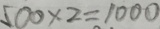
5 0 0 \times 2 = 1 0 0 0